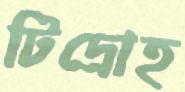
টিদ্রোহ